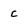
Character: c